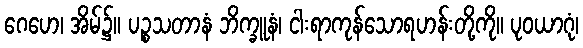
ဂေဟေ၊ အိမ်၌။ ပဉ္စသတာနံ ဘိက္ခူနံ၊ ငါးရာကုန်သောရဟန်းတို့ကို။ ပုဝယာဂုံ၊